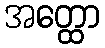
အတ္ထော